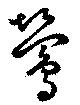
鶯